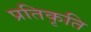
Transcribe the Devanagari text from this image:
प्रतिकृति